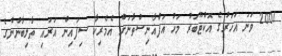
2001 ވަނަ އަހަރުގެ އޮކްޓޫބަރު މަހު އަފްޣާނިސްތާނަށް އެމެރިކާ ސިފައިން އަރައި ތާލިބާނުންގެ